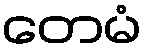
တေမံ